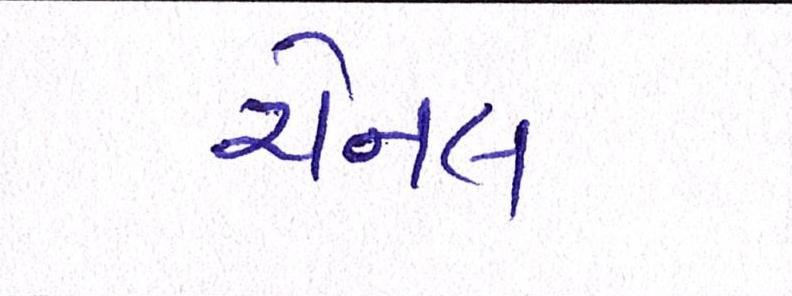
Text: ચેનલ